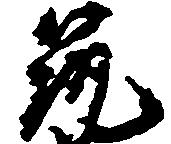
筑